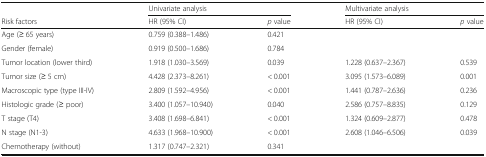
<table><thead><tr><td></td><td colspan="2"><b>Univariate analysis</b></td><td colspan="2"><b>Multivariate analysis</b></td></tr><tr><td><b>Risk factors</b></td><td><b>HR (95% CI)</b></td><td><b><i>p</i> value</b></td><td><b>HR (95% CI)</b></td><td><b><i>p</i> value</b></td></tr></thead><tbody><tr><td>Age (≥ 65 years)</td><td>0.759 (0.388–1.486)</td><td>0.421</td><td></td><td></td></tr><tr><td>Gender (female)</td><td>0.919 (0.500–1.686)</td><td>0.784</td><td></td><td></td></tr><tr><td>Tumor location (lower third)</td><td>1.918 (1.030–3.569)</td><td>0.039</td><td>1.228 (0.637–2.367)</td><td>0.539</td></tr><tr><td>Tumor size (≥ 5 cm)</td><td>4.428 (2.373–8.261)</td><td>&lt; 0.001</td><td>3.095 (1.573–6.089)</td><td>0.001</td></tr><tr><td>Macroscopic type (type III-IV)</td><td>2.809 (1.592–4.956)</td><td>&lt; 0.001</td><td>1.441 (0.787–2.636)</td><td>0.236</td></tr><tr><td>Histologic grade (≥ poor)</td><td>3.400 (1.057–10.940)</td><td>0.040</td><td>2.586 (0.757–8.835)</td><td>0.129</td></tr><tr><td>T stage (T4)</td><td>3.408 (1.698–6.841)</td><td>&lt; 0.001</td><td>1.324 (0.609–2.877)</td><td>0.478</td></tr><tr><td>N stage (N1-3)</td><td>4.633 (1.968–10.900)</td><td>&lt; 0.001</td><td>2.608 (1.046–6.506)</td><td>0.039</td></tr><tr><td>Chemotherapy (without)</td><td>1.317 (0.747–2.321)</td><td>0.341</td><td></td><td></td></tr></tbody></table>